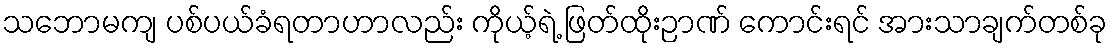
သဘောမကျ ပစ်ပယ်ခံရတာဟာလည်း ကိုယ့်ရဲ့ ဖြတ်ထိုးဉာဏ် ကောင်းရင် အားသာချက်တစ်ခု